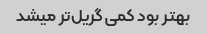
بهتر بود کمی گریل‌تر میشد